Lunatic asylums in Bengal annual reports 1888-1898 - 1888-1898
Year: 1888
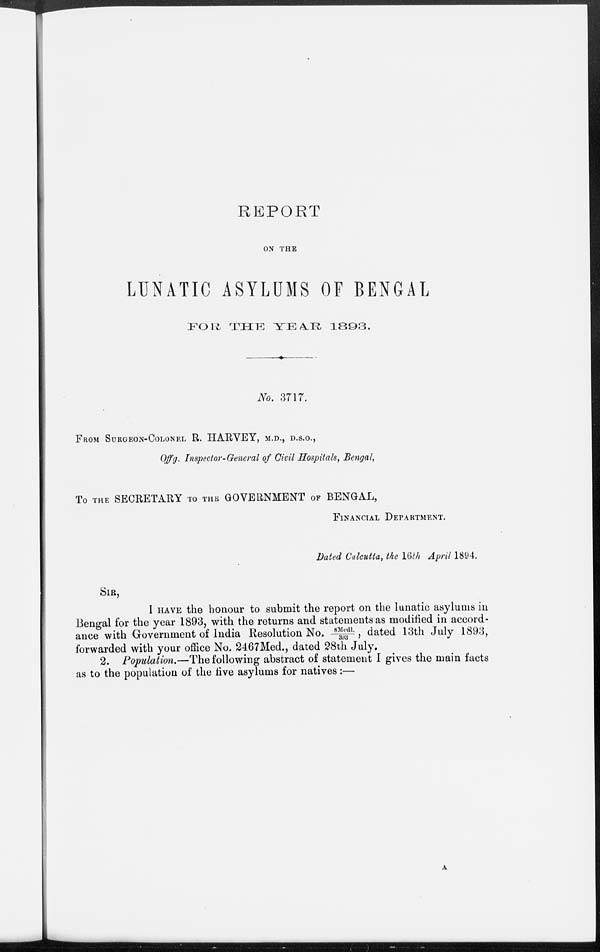
REPORT
ON THE
LUNATIC ASYLUMS OF BENGAL
FOR THE YEAR
1893.
No. 3717.
FROM SURGEON-COLONEL R. HARVEY, M.D., D.S.O.,
Offg. Inspector-General of Civil Hospitals, Bengal,
To THE SECRETARY TO THE GOVERNMENT OF BENGAL,
FINANCIAL DEPARTMENT.
Dated Calcutta, the 16th April 1894.
SIR,
I HAVE the honour to submit the report on the lunatic asylums in
Bengal for the year 1893, with the returns and statements as modified in accord-
ance with Government of India Resolution No. 8Medl./393, dated 13th July 1893,
forwarded with your office No. 2467Med., dated 28th July.
2. Population.—The following abstract of statement I gives the main facts
as to the population of the five asylums for natives:—
A